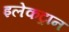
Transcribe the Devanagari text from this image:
इलेकट्रान